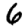
Digit: 6